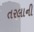
તરલાની